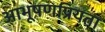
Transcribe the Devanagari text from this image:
आभूषणप्रियता